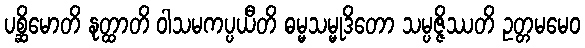
ပစ္ဆိမောတိ နုတ္ထာတိ ဝါသမကပ္ပယီတိ ဓမ္မသမ္မုဒိတော သမ္ပဇ္ဇိဿတိ ဥတ္တမမေဝ